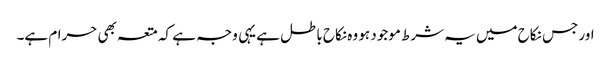
اور جس نکاح میں یہ شرط موجود ہو وہ نکاح باطل ہے یہی وجہ ہے کہ متعہ بھی حرام ہے۔